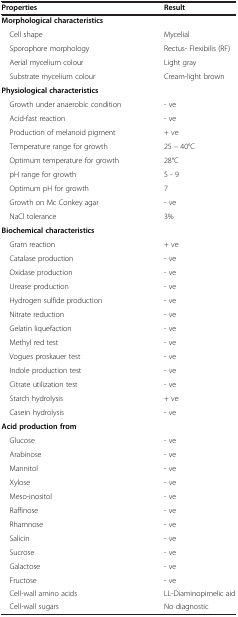
<table><thead><tr><td><b>Properties</b></td><td><b>Result</b></td></tr></thead><tbody><tr><td><b>Morphological characteristics</b></td><td></td></tr><tr><td> Cell shape</td><td>Mycelial</td></tr><tr><td> Sporophore morphology</td><td>Rectus- Flexibilis (RF)</td></tr><tr><td> Aerial mycelium colour</td><td>Light gray</td></tr><tr><td> Substrate mycelium colour</td><td>Cream-light brown</td></tr><tr><td><b>Physiological characteristics</b></td><td></td></tr><tr><td> Growth under anaerobic condition</td><td>- ve</td></tr><tr><td> Acid-fast reaction</td><td>- ve</td></tr><tr><td> Production of melanoid pigment</td><td>+ ve</td></tr><tr><td> Temperature range for growth</td><td>25 – 40°C</td></tr><tr><td> Optimum temperature for growth</td><td>28°C</td></tr><tr><td> pH range for growth</td><td>5 - 9</td></tr><tr><td> Optimum pH for growth</td><td>7</td></tr><tr><td> Growth on Mc Conkey agar</td><td>- ve</td></tr><tr><td> NaCl tolerance</td><td>3%</td></tr><tr><td><b>Biochemical characteristics</b></td><td></td></tr><tr><td> Gram reaction</td><td>+ ve</td></tr><tr><td> Catalase production</td><td>- ve</td></tr><tr><td> Oxidase production</td><td>- ve</td></tr><tr><td> Urease production</td><td>- ve</td></tr><tr><td> Hydrogen sulfide production</td><td>- ve</td></tr><tr><td> Nitrate reduction</td><td>- ve</td></tr><tr><td> Gelatin liquefaction</td><td>- ve</td></tr><tr><td> Methyl red test</td><td>- ve</td></tr><tr><td> Vogues proskauer test</td><td>- ve</td></tr><tr><td> Indole production test</td><td>- ve</td></tr><tr><td> Citrate utilization test</td><td>- ve</td></tr><tr><td> Starch hydrolysis</td><td>+ ve</td></tr><tr><td> Casein hydrolysis</td><td>- ve</td></tr><tr><td><b>Acid production from</b></td><td></td></tr><tr><td> Glucose</td><td>- ve</td></tr><tr><td> Arabinose</td><td>- ve</td></tr><tr><td> Mannitol</td><td>- ve</td></tr><tr><td> Xylose</td><td>- ve</td></tr><tr><td> Meso-inositol</td><td>- ve</td></tr><tr><td> Raffinose</td><td>- ve</td></tr><tr><td> Rhamnose</td><td>- ve</td></tr><tr><td> Salicin</td><td>- ve</td></tr><tr><td> Sucrose</td><td>- ve</td></tr><tr><td> Galactose</td><td>- ve</td></tr><tr><td> Fructose</td><td>- ve</td></tr><tr><td> Cell-wall amino acids</td><td>LL-Diaminopimelic aid</td></tr><tr><td> Cell-wall sugars</td><td>No diagnostic</td></tr></tbody></table>